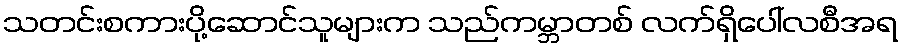
သတင်းစကားပို့ဆောင်သူများက သည်ကမ္ဘာတစ် လက်ရှိပေါ်လစီအရ